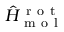
\hat { H } _ { \mathrm { ~ m ~ o ~ l ~ } } ^ { \mathrm { ~ r ~ o ~ t ~ } }